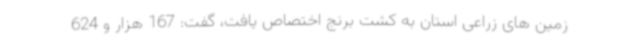
زمین های زراعی استان به کشت برنج اختصاص یافت، گفت: 167 هزار و 624